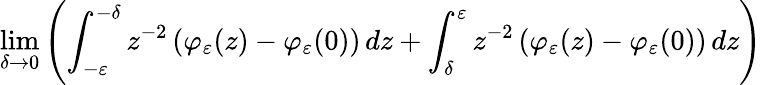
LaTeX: \operatorname*{lim}_{\delta\to 0}\left(\int_{-\varepsilon}^{-\delta}z^{-2}\left(\varphi_{\varepsilon}(z)-\varphi_{\varepsilon}(0)\right)\mathop{}\! {d{z}}+\int_{\delta}^{\varepsilon}z^{-2}\left(\varphi_{\varepsilon}(z)-\varphi_{\varepsilon}(0)\right)\mathop{}\! {d{z}}\right)